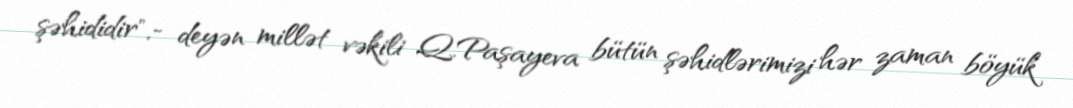
şəhididir",- deyən millət vəkili Q.Paşayeva bütün şəhidlərimizi hər zaman böyük